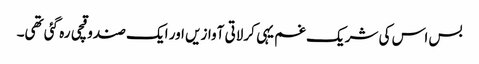
بس اس کی شریک غم یہی کرلاتی آوازیں اور ایک صندوقچی رہ گئی تھی۔